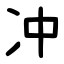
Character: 冲